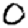
Digit: 0